Vaccination United Provinces of Agra and Oudh 1902-1913 - 1902-1913
Year: 1902
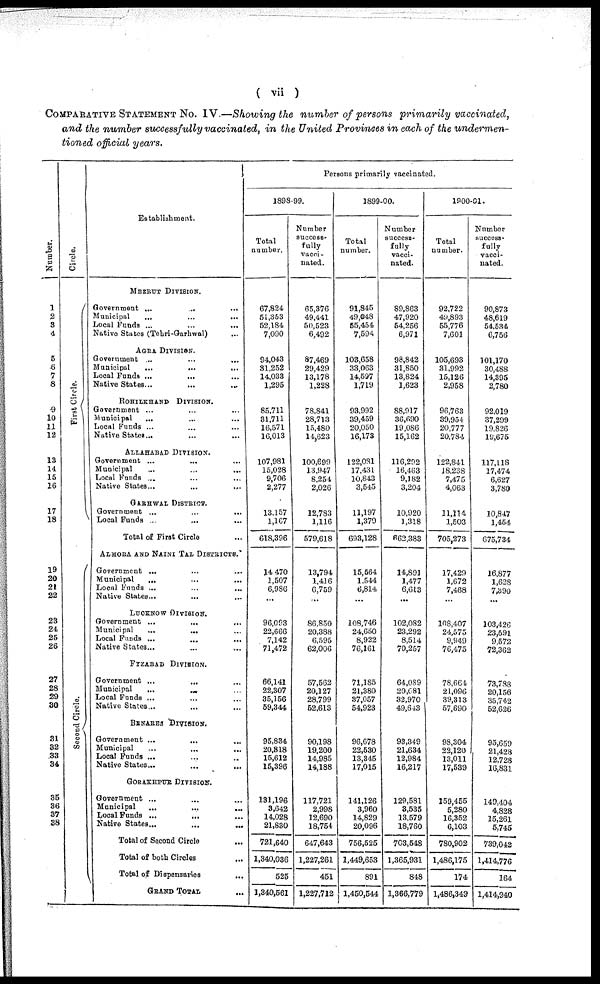
( vii )
COMPARATIVE STATEMENT No. IV.—Showing the number of persons primarily vaccinated,
and the number successfully vaccinated, in the United Provinces in each of the undermen-
tioned official years.
Number.
1
2
3
4
5
6
7
8
9
10
11
12
13
14
15
16
17
18
19
20
21
22
23
24
25
26
27
28
29
30
31
32
33
34
35
36
37
38
Circle.
First Circle.
Second Ci r cl e.
Establishment.
MEERUT DIVISION.
Government ...
...
...
Municipal ... ... ...
Local funds ... ... ...
Native States (Tehri-Garhwal) ...
AGRA DIVISION.
Government ... ... ...
Municipal
...
...
...
Local Funds ... ... ...
Native States... ... ...
ROHILKHAND DIVISION.
Government ... ... ...
Municipal ... ... ...
Local Funds ... ... ...
Native States... ... ...
ALLAHABAD DIVISION.
Government ... ... ...
Municipal ... ... ...
Local Funds ... ... ...
Native States...
...
...
GARHWAL DISTRICT.
Government ... ... ...
Local Funds ... ... ...
Total of First Circle ...
ALMORA AND NAINI TAL DISTRICTS.
Government ... ... ...
Municipal
... ... ...
Local Funds ... ... ...
Native States... ... ...
LUCKNOW DIVISION.
Government ...
...
...
Municipal
...
... ...
Local Funds ... ... ...
Native States... ... ...
FYZABAD DIVISION.
Government ... ... ...
Municipal
...
... ...
Local Funds ... ... ...
Native States... ... ...
BENARES DIVISION.
Government ...
...
...
Municipal ... ... ...
Local Funds ... ... ...
Native States... ... ...
GORAKHPUR DIVISION.
Government ... ... ...
Municipal ... ... ...
Local Funds ... ... ...
Native States...
...
...
Total of Second Circle ...
Total of both Circles ...
Total of Dispensaries ...
GRAND TOTAL ...
Persons primarily vaccinated.
1898-99.
Total
number.
67,824
51,353
52,184
7,090
94,043
31,252
14,033
1,295
85,711
31,711
16,571
16,013
107,981
15,028
9,706
2,277
13,157
1,167
618,396
14,470
1,507
6,986
...
96,093
22,666
7,142
71,472
66,141
22,307
35,156
59,344
95,834
20,818
15,612
15,396
131,196
3,642
14,028
21,830
721,640
1,340,036
525
1,340,561
Number
success-
fully
vacci-
nated.
65,376
49,441
50,523
6,492
87,469
29,429
13,178
1,228
78,841
28,713
15,480
14,623
100,699
13,947
8,254
2,026
12,783
1,116
579,618
13,794
1,416
6,759
...
86,850
20,388
6,595
62,006
57,562
20,127
28,799
52,613
90,198
19,200
14,985
14,188
117,721
2,998
12,690
18,754
647,643
1,227,261
451
1,227,712
1899-00.
Total
number.
91,845
49,048
55,454
7,594
103,658
33,063
14,597
1,719
93,992
39,459
20,050
16,173
122,081
17,431
10,843
3,545
11,197
1,379
693,128
15,564
1,544
6,814
...
108,746
24,650
8,922
76,161
71,185
21,380
37,057
54,923
96,678
22,530
13,345
17,015
141,126
3,960
14,829
20,096
756,525
1,449,653
891
1,450,544
Number
success¬
fully
vacci-
nated.
89,863
47,920
54,256
6,971
98,842
31,850
13,824
1,623
88,917
36,690
19,086
15,162
116,292
16,463
9,182
3,204
10,920
1,318
662,383
14,891
1,477
6,613
...
102,082
23,292
8,514
70,257
64,089
20,081
32,970
49,643
93,349
21,634
12,984
16,217
129,581
3,535
13,579
18,760
703,548
1,365,931
848
1,366,779
1900-01.
Total
number.
92,722
49,893
55,776
7,601
105,693
31,992
15,126
2,958
96,763
39,954
20,777
20,784
122,841
18,238
7,475
4,063
11,114
1,503
705,273
17,429
1,672
7,468
...
108,407
24,575
9,949
76,475
78,664
21,096
39,313
57,690
98,304
22,120
13,011
17,539
159,455
5,280
16,352
6,103
780,902
1,486,175
174
1,486,349
Number
success-
fully
vacci-
nated.
90,873
48,619
54,534
6,756
101,170
30,488
14,395
2,780
92,019
37,299
19,826
19,675
117,118
17,474
6,627
3,780
10,847
1,454
675,734
16,877
1,628
7,390
...
103,426
23,591
9,572
72,362
73,788
20,156
35,742
52,626
95,659
21,428
12,728
16,831
149,404
4,828
15,261
5,745
739,042
1,414,776
164
1,414,940